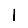
Digit: 1